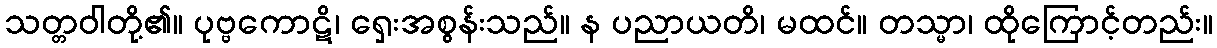
သတ္တဝါတို့၏။ ပုဗ္ဗကောဋိ၊ ရှေးအစွန်းသည်။ န ပညာယတိ၊ မထင်။ တသ္မာ၊ ထိုကြောင့်တည်း။